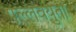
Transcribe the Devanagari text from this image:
पल्लवयुता